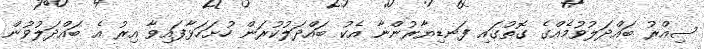
ސިއްރު ބައްދަލުވުމެއްގެ ގޮތުގައި ފަނޑިޔާރުންނާ އެކު ބައްދަލުކުރަން ހުށަހަޅާފައިވާ އިރު އެ ބައްދަލުވުން